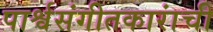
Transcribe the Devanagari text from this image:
पार्श्वसंगीतकारांची